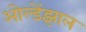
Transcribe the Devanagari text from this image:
ओल्डेंझाल